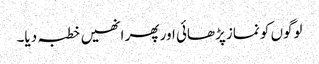
لوگوں کو نماز پڑھائی اور پھر انھیں خطبہ دیا۔